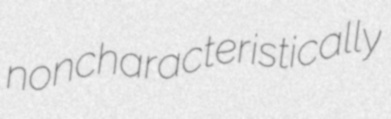
noncharacteristically